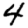
Digit: 4